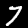
Label: 7